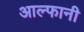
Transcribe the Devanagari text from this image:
आल्फानी